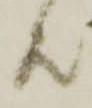
共